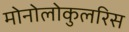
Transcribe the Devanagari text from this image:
मोनोलोकुलरिस